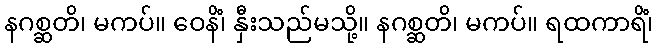
နဂစ္ဆတိ၊ မကပ်။ ဝေနိံ၊ နှီးသည်မသို့။ နဂစ္ဆတိ၊ မကပ်။ ရထကာရိံ၊